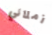
زملائي